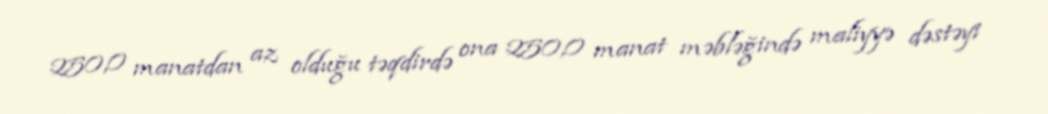
250,0 manatdan az olduğu təqdirdə ona 250,0 manat məbləğində maliyyə dəstəyi